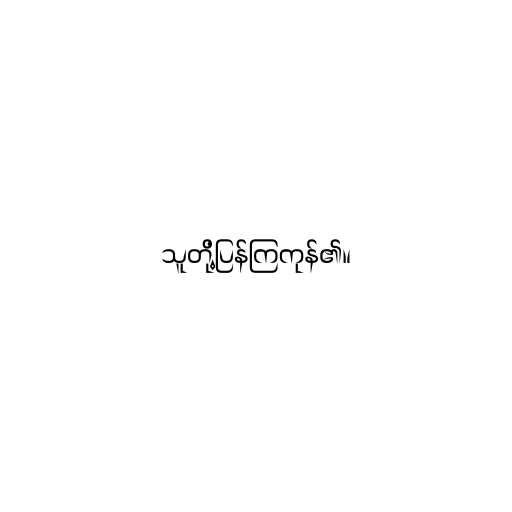
သူတို့ပြန်ကြကုန်၏။